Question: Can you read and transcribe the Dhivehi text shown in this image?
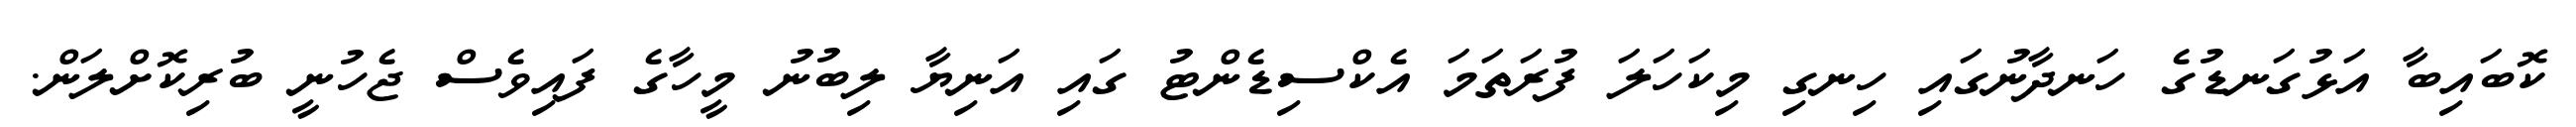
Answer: ކޮބައިބާ އަޅުގަނޑުގެ ހަނދާނުގައި ހިނގި މިކަހަލަ ފުރަތަމަ އެކްސިޑެންޓު ގައި އަނިޔާ ލިބުނު މީހާގެ ފައިވެސް ޖެހުނީ ބުރިކޮށްލަން.